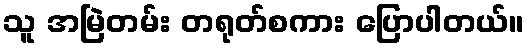
သူ အမြဲတမ်း တရုတ်စကား ပြောပါတယ်။